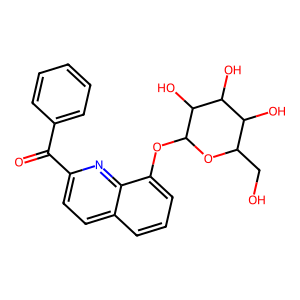
SMILES: O=C(c1ccccc1)c1ccc2cccc(OC3OC(CO)C(O)C(O)C3O)c2n1
Inhibits HIV replication: No